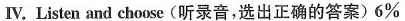
Ⅳ. Listen and choose(听录音,选出正确的答案)6%